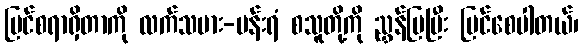
ပြင်စရာရှိတာကို လက်သမား-ပန်းရံ စသူတို့ကို ညွှန်ပြပြီး ပြင်စေပါတယ်၊